Subject: cs
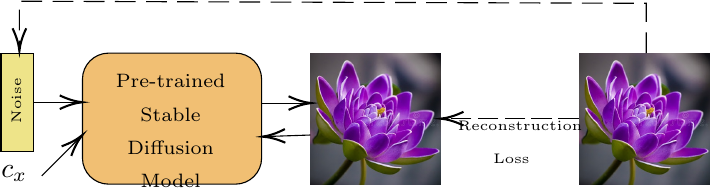
LaTeX code:
            \begin{tikzpicture}[x=0.75pt,y=0.75pt,yscale=-1,xscale=1]
            \draw  [fill={rgb, 255:red, 238; green, 228; blue, 137 }  ,fill opacity=1 ] (28.14,40) -- (43.83,40) -- (43.83,87.35) -- (28.14,87.35) -- cycle ;
            \draw  [fill={rgb, 255:red, 241; green, 191; blue, 115 }  ,fill opacity=1 ] (67.38,52.63) .. controls (67.38,45.65) and (73.03,40) .. (80,40) -- (141.07,40) .. controls (148.04,40) and (153.7,45.65) .. (153.7,52.63) -- (153.7,90.51) .. controls (153.7,97.48) and (148.04,103.13) .. (141.07,103.13) -- (80,103.13) .. controls (73.03,103.13) and (67.38,97.48) .. (67.38,90.51) -- cycle ;
            \draw    (43.83,63.67) -- (65.38,63.67) ;
            \draw [shift={(67.38,63.67)}, rotate = 180] [color={rgb, 255:red, 0; green, 0; blue, 0 }  ][line width=0.75]    (10.93,-3.29) .. controls (6.95,-1.4) and (3.31,-0.3) .. (0,0) .. controls (3.31,0.3) and (6.95,1.4) .. (10.93,3.29)   ;
            \draw    (47.76,99.19) -- (65.97,80.88) ;
            \draw [shift={(67.38,79.46)}, rotate = 134.84] [color={rgb, 255:red, 0; green, 0; blue, 0 }  ][line width=0.75]    (10.93,-3.29) .. controls (6.95,-1.4) and (3.31,-0.3) .. (0,0) .. controls (3.31,0.3) and (6.95,1.4) .. (10.93,3.29)   ;
            \draw (208.63,71.57) node  {\includegraphics[width=47.08pt,height=47.35pt]{2787_sec_Images_Flower.jpg}};
            \draw    (153.7,64.07) -- (175.63,64.07) ;
            \draw [shift={(177.63,64.07)}, rotate = 180] [color={rgb, 255:red, 0; green, 0; blue, 0 }  ][line width=0.75]    (10.93,-3.29) .. controls (6.95,-1.4) and (3.31,-0.3) .. (0,0) .. controls (3.31,0.3) and (6.95,1.4) .. (10.93,3.29)   ;
            \draw    (177.24,79.46) -- (156.09,80.18) ;
            \draw [shift={(154.09,80.25)}, rotate = 358.05] [color={rgb, 255:red, 0; green, 0; blue, 0 }  ][line width=0.75]    (10.93,-3.29) .. controls (6.95,-1.4) and (3.31,-0.3) .. (0,0) .. controls (3.31,0.3) and (6.95,1.4) .. (10.93,3.29)   ;
            \draw (338.11,71.57) node  {\includegraphics[width=47.08pt,height=47.35pt]{2787_sec_Images_Flower.jpg}};
            \draw  [dash pattern={on 7.5pt off 2.25pt}]  (306.72,71.57) -- (242.02,71.57) ;
            \draw [shift={(240.02,71.57)}, rotate = 360] [color={rgb, 255:red, 0; green, 0; blue, 0 }  ][line width=0.75]    (10.93,-3.29) .. controls (6.95,-1.4) and (3.31,-0.3) .. (0,0) .. controls (3.31,0.3) and (6.95,1.4) .. (10.93,3.29)   ;
            \draw  [dash pattern={on 7.5pt off 3.75pt}]  (339,40) -- (339,16) -- (37,15) -- (37,37) ;
            \draw [shift={(37,39)}, rotate = 270] [color={rgb, 255:red, 0; green, 0; blue, 0 }  ][line width=0.75]    (10.93,-3.29) .. controls (6.95,-1.4) and (3.31,-0.3) .. (0,0) .. controls (3.31,0.3) and (6.95,1.4) .. (10.93,3.29)   ;

            \draw (27,93) node [anchor=north west][inner sep=0.75pt]   [align=left] {$c_x$};
            \draw (247,60) node [anchor=north west][inner sep=0.75pt]   [align=left] {\begin{minipage}[lt]{38.76pt}\setlength\topsep{0pt}
            \begin{center}
            {\tiny Reconstruction }\\{\tiny Loss}
            \end{center}

            \end{minipage}};
            \draw (72.32,49) node [anchor=north west][inner sep=0.75pt]   [align=left] {\begin{minipage}[lt]{54.4pt}\setlength\topsep{0pt}
            \begin{center}
            {\scriptsize Pre-trained }\\{\scriptsize Stable Diffusion}\\{\scriptsize Model}
            \end{center}

            \end{minipage}};
            \draw (32,75) node [anchor=north west][inner sep=0.75pt]  [rotate=-270] [align=left] {{\tiny Noise}};
            \end{tikzpicture}